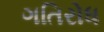
ગતિરોધ